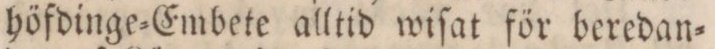
höfdinge=Embete alltid wiſat för beredan=